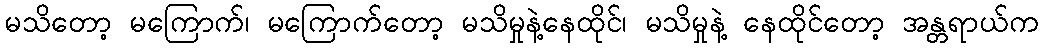
မသိတော့ မကြောက်၊ မကြောက်တော့ မသိမှုနဲ့နေထိုင်၊ မသိမှုနဲ့ နေထိုင်တော့ အန္တရာယ်က